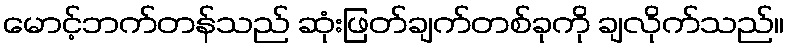
မောင့်ဘက်တန်သည် ဆုံးဖြတ်ချက်တစ်ခုကို ချလိုက်သည်။